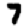
Digit: 7